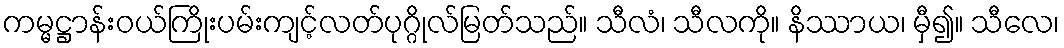
ကမ္မဋ္ဌာန်းဝယ်ကြိုးပမ်းကျင့်လတ်ပုဂ္ဂိုလ်မြတ်သည်။ သီလံ၊ သီလကို။ နိဿာယ၊ မှီ၍။ သီလေ၊